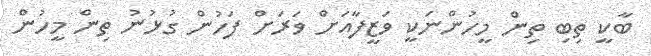
ބާކީ ތިބި ތިން މީހުންނަކީ ވަޒީފާއަށް ވަރަށް ފަހުން ގުޅުނު ތިން މީހުން